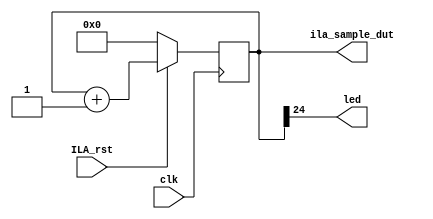
`timescale 1ns / 1ps

module blink(
		input wire clk,
		input wire ILA_rst,
		output [24:0] ila_sample_dut,
		output wire led
	);


reg [24:0] counter;

	assign led = counter[24];
	assign ila_sample_dut = counter;

	always @(posedge clk)
	begin
		if (!ILA_rst) begin
			counter <= 0; //-1000; // 27'b010011111111111100000000000;
		end else begin
			counter <= counter + 1'b1;
		end
	end

	
endmodule